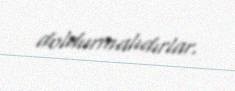
doldurmalıdırlar.